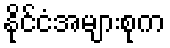
နိုင်ငံအများစုက